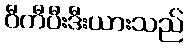
ဝီကီပီးဒီးယားသည်